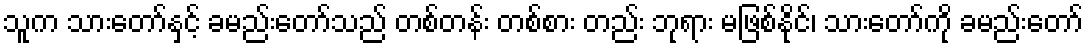
သူက သားတော်နှင့် ခမည်းတော်သည် တစ်တန်း တစ်စား တည်း ဘုရား မဖြစ်နိုင်၊ သားတော်ကို ခမည်းတော်